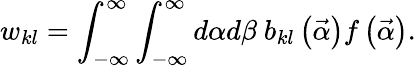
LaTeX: w_{kl}=\int_{-\infty}^{\infty}\int_{-\infty}^{\infty}d\alpha d\beta\ b_{kl}\left(\vec{\alpha}\right)f\left(\vec{\alpha}\right).